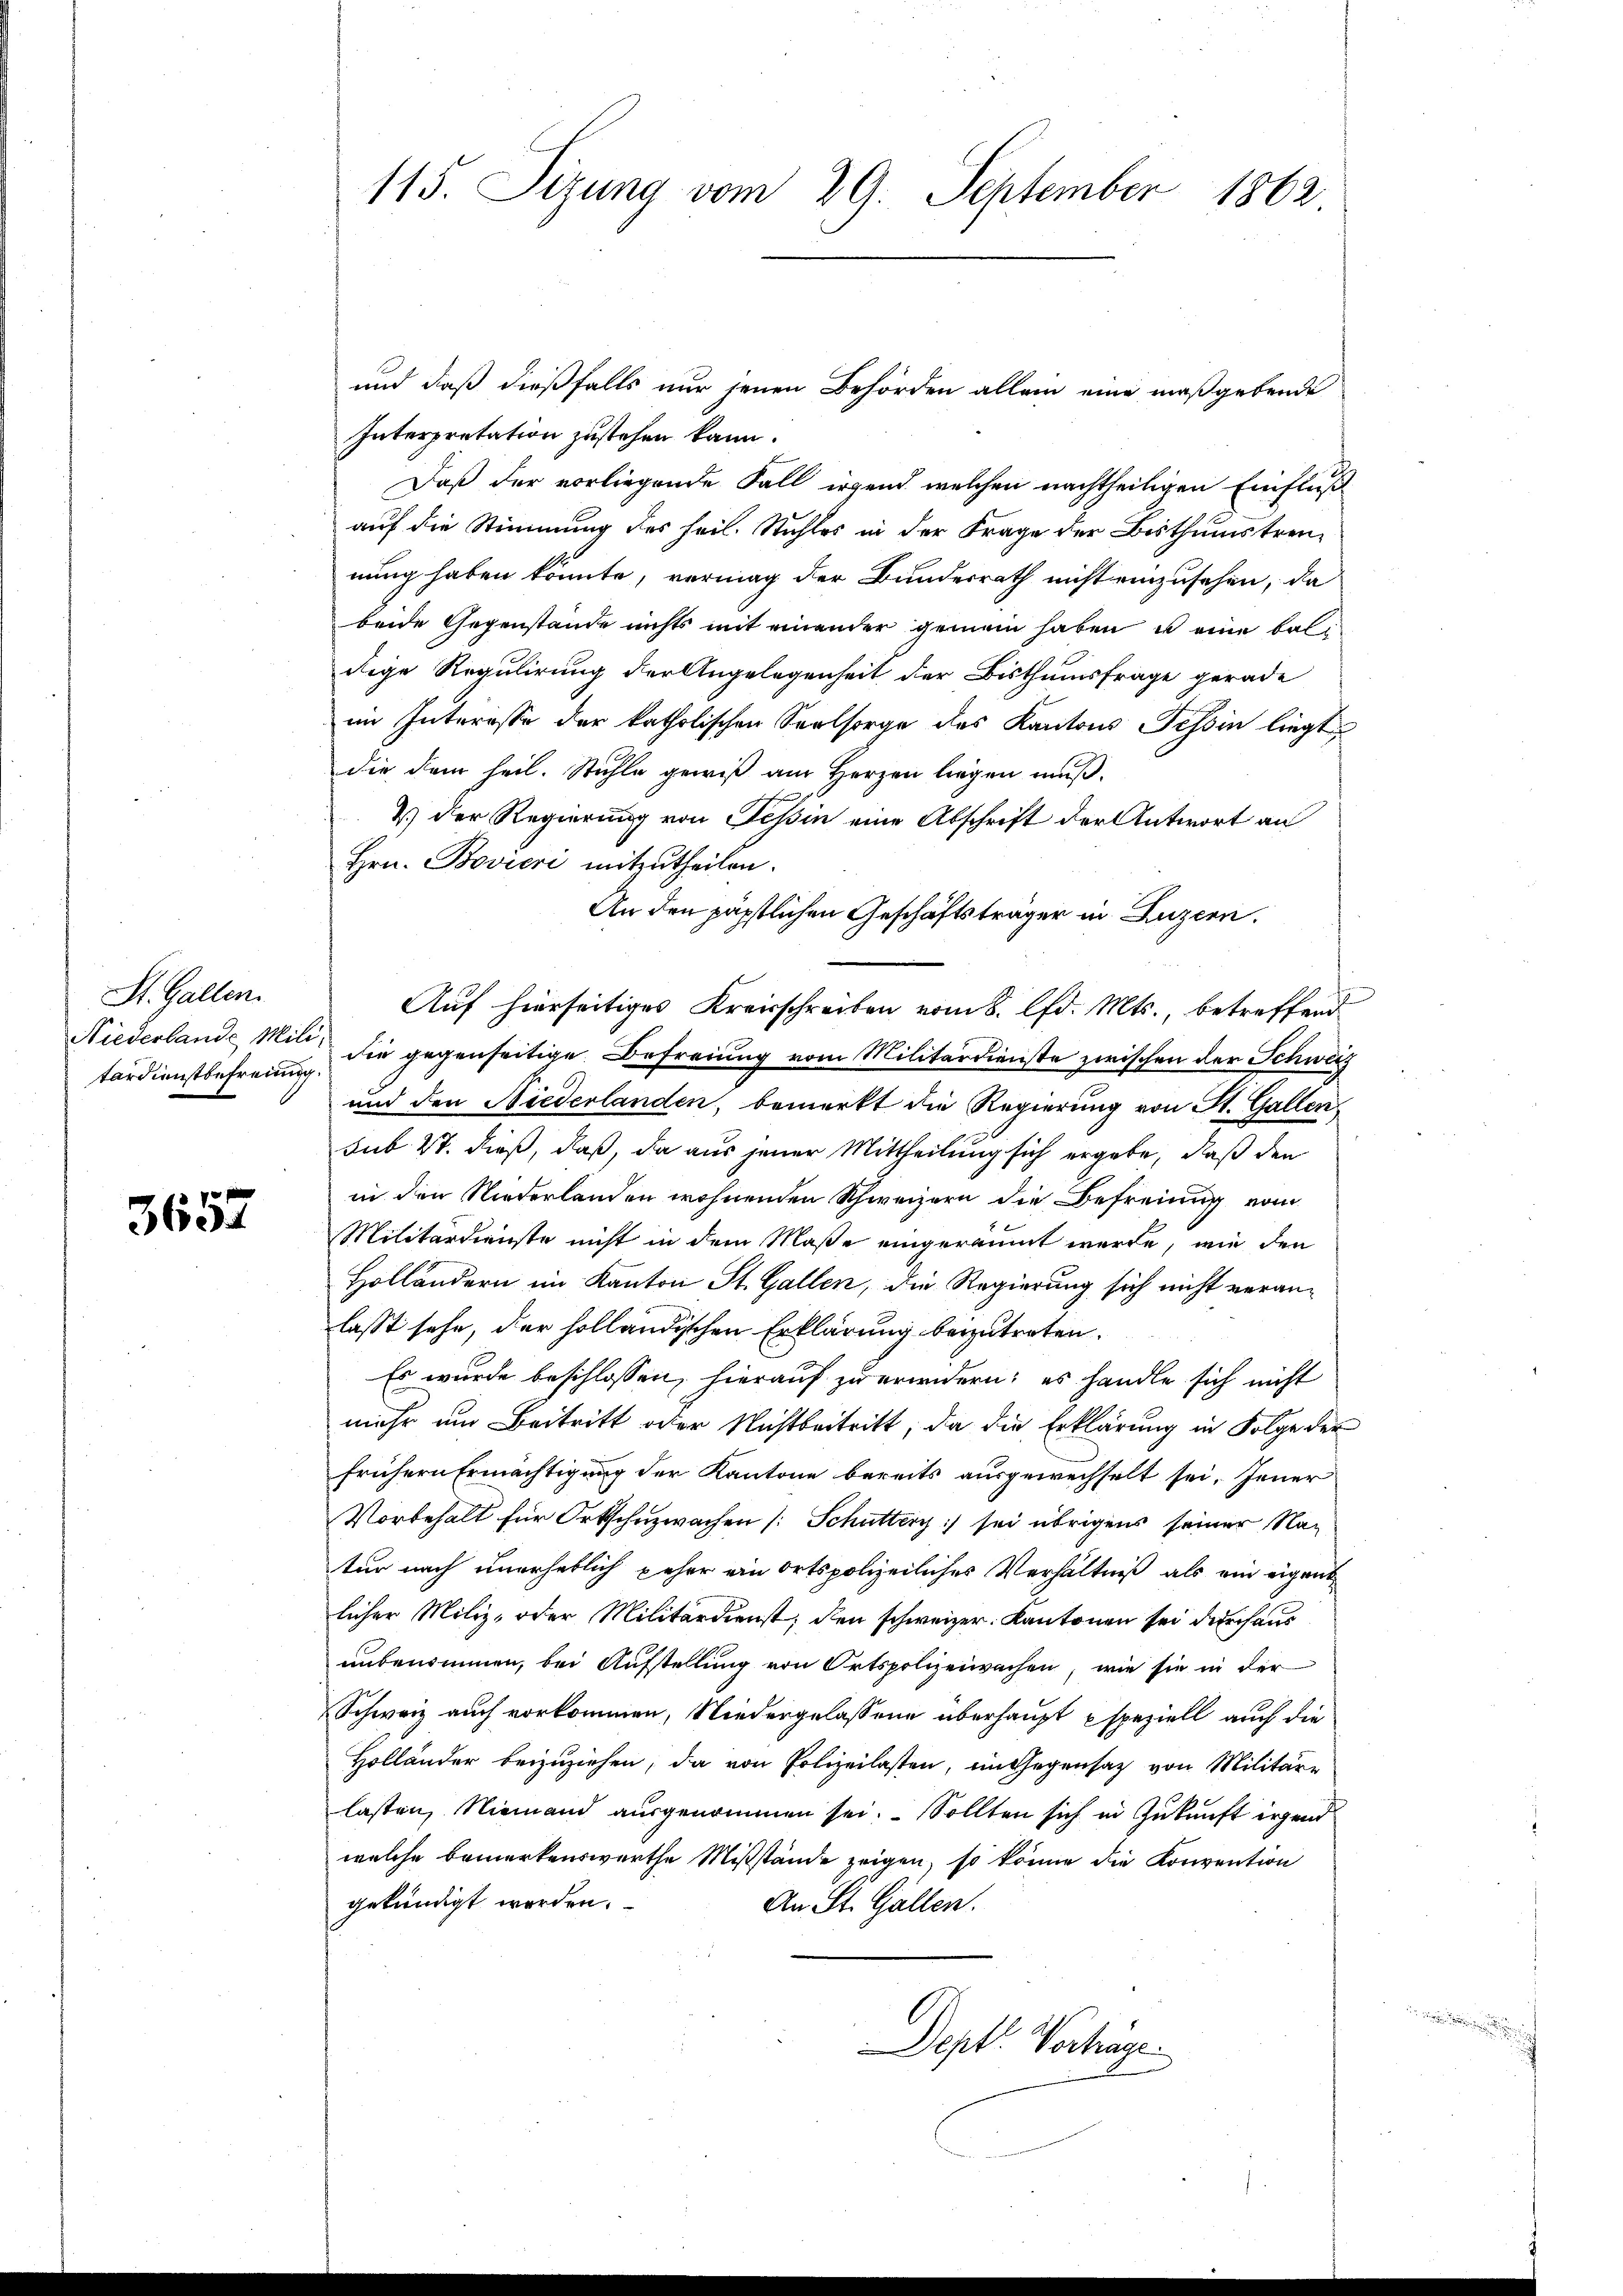
St. Gallen.
Niederlande Mili
tardienstbefreung.

3657

115. Sizung vom 29. September 1862

und daß dießfalls nur jenen Behörden allein eine maßgebende
Interpretation zustehen kann.
Daß der vorliegende Fall irgend welchen nachtheiligen Einfluß
auf die Stimmung des feil. Stuhles in der Frage der Bisthumstreu-
nung haben könnte, vermag der Bundesrath nicht einzusehen, da
beide Gegenstände nichts mit einender gemein haben u eine bald
dige Regulirung der Angelegenheit der Bisthumsfrage gerade
im Interesse der katholischen Seelsorge des Kantons Tessin liegt
die dem heil. Stühle gewiß am Herzen liegen muß.
2.) Der Regierung von Teßin eine Abschrift der Antwort an
Hrn. Bovicri mitzutheilen.
An den päpstlichen Geschäftsträger in Luzern.
Auf hierseitiges Kreisschreiben vom 8. lfd. Mts., betreffend
die gegenseitige Befreiung vom Militärdienste zwischen der Schweiz
und den Niederlanden, bemerkt die Regierung von St. Gallen
sub 27. dieß, daß, da aus jener Mittheilung sich ergebe, daß den
in den Niederlanden wohnenden Schweizern die Befreiung vom
Militärdienste nicht in dem Maße eingeräumt werde, wie den
Holländern im Kanton St. Gallen, die Regierung sich nicht veranlasst sehe, der holländischen Erklärung bezutreten.
Es wurde beschlossen, hierauf zu erwidern; es handle sich nicht
mehr um Beitritt oder Nichtbeitritt, da die Erklärung in Folge der
frühern Ermächtigung der Kantone bereits ausgewechselt sei. Jener
Vorbehalt für Ortschuzwachen (: Schutter sei übrigens seiner Natur nach unerheblich geher ein Ortspolizeiliches Verhältniß als ein eigent
licher Miliz- oder Militärdienst, den schweizer. Kantonen sei durchaus
unbenommen, bei Aufstellung von Ortspolizeiwachen, wie sie in der
Schweiz auch vorkommen, Niedergelassene überhaupt speziell auch die
Holländer beizuziehen, da von Polizeilasten, im Gegensatz von Militäre
lasten, Niemand ausgenommen sei. Sollten sich in Zukunft irgend
welche bemerkenswerthe Mißstände zeigen, so könne die Konvention
gekündigt werden.
An St. Gallen.
Dept. Vortrage.